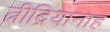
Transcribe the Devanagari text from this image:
त्नीद्रियानाह